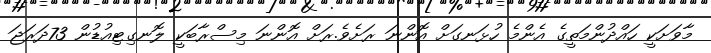
މާވަށަކީ ހައްދުންމަތީގެ އެންމެ ހުޅަނގަށް އޮންނަ ރަށެވެ.ރަށް އޮންނަ މިސްރާބަކީ ލޮނގިޓިއުޑުން 73ދަރަޖަ